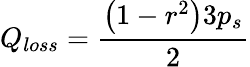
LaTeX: Q_{loss}=\frac{\left(1-r^{2}\right)3p_{s}}{2}